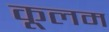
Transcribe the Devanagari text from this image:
कूलम